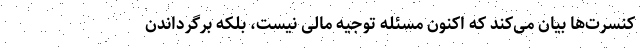
کنسرت‌ها بیان می‌کند که اکنون مسئله توجیه مالی نیست، بلکه برگرداندن